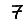
Digit: 7